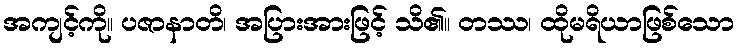
အကျင့်ကို။ ပဇာနာတိ၊ အပြားအားဖြင့် သိ၏။ တဿ၊ ထိုမရိယာဖြစ်သော